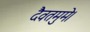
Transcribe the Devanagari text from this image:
दैवतमुमे।